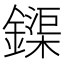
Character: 𨬡